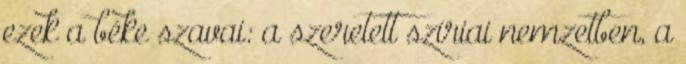
ezek a béke szavai: a szeretett szíriai nemzetben, a